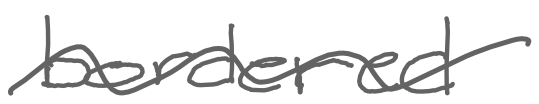
Text: bordered
Cross-out: wave
Writing tool: digital_gray